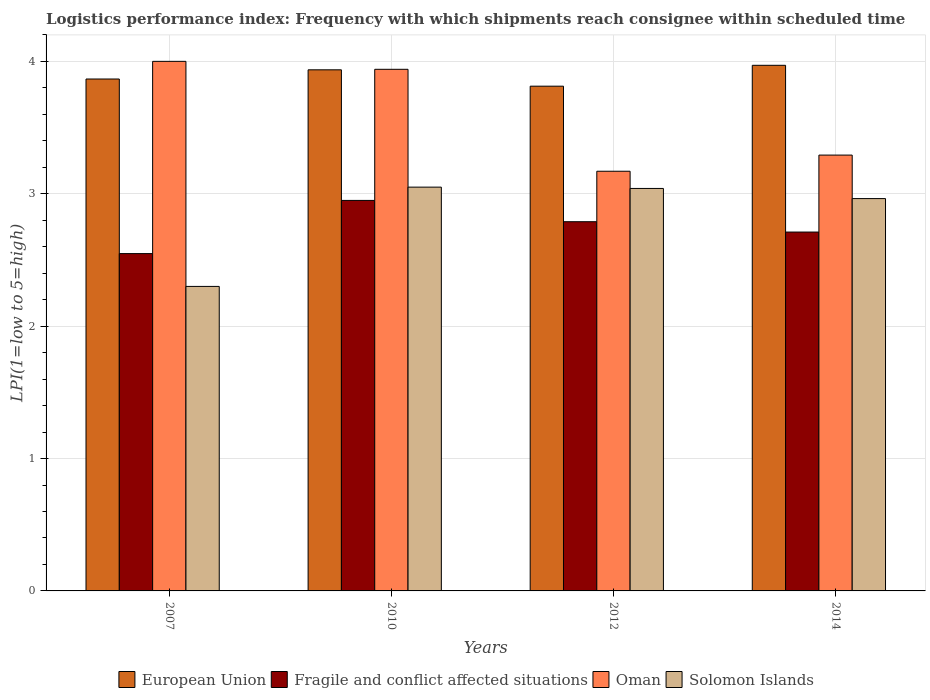
| Years | European Union | Fragile and conflict affected situations | Oman | Solomon Islands |
 | --- | --- | --- | --- | --- |
 | 2007 | 3.87 | 2.55 | 4 | 2.3 |
 | 2010 | 3.94 | 2.95 | 3.94 | 3.05 |
 | 2012 | 3.81 | 2.79 | 3.17 | 3.04 |
 | 2014 | 3.97 | 2.71 | 3.29 | 2.96 |